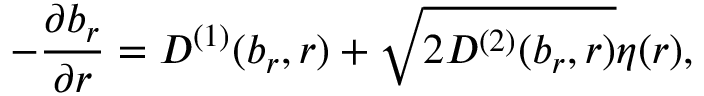
- \frac { \partial b _ { r } } { \partial r } = D ^ { ( 1 ) } ( b _ { r } , r ) + \sqrt { 2 D ^ { ( 2 ) } ( b _ { r } , r ) } \eta ( r ) ,